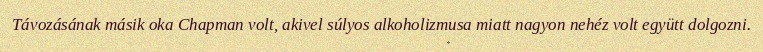
Távozásának másik oka Chapman volt, akivel súlyos alkoholizmusa miatt nagyon nehéz volt együtt dolgozni.